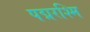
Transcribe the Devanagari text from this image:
पद्मरश्मि